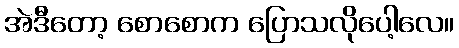
အဲဒီတော့ စောစောက ပြောသလိုပေါ့လေ။